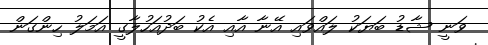
ވަނީ ޝާޑު ބަޔަކު ލައްވައި އޭނާ އާއި އެކު ބަދުއަހުލާގީ އަމަލު ހިންގަން